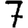
Digit: 7